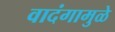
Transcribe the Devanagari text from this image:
वादंगामुळे